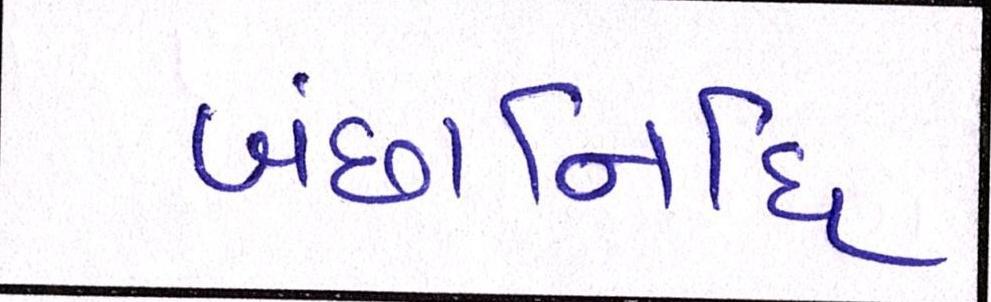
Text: બંછાનિધિ